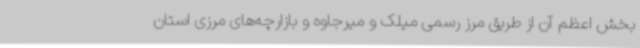
بخش اعظم آن از طریق مرز رسمی میلک و میرجاوه و بازارچه‌های مرزی استان